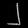
Digit: ၂